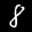
Label: 8